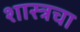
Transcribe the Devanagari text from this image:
शास्त्रचा